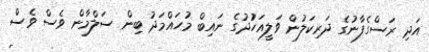
އަަދި ރަސްގެފާނުގެ ދަރިކަލުން ވަލީއަހުުދުގެ ނައިބް މުހައްމަދު ބިން ސަލްމާން ވެސް ވެސް